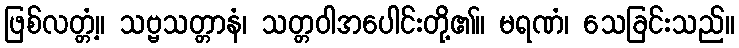
ဖြစ်လတ္တံ့။ သဗ္ဗသတ္တာနံ၊ သတ္တဝါအပေါင်းတို့၏။ မရဏံ၊ သေခြင်းသည်။